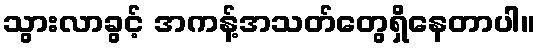
သွားလာခွင့် အကန့်အသတ်တွေရှိနေတာပါ။